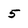
Character: 5